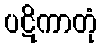
ပဋိကာတုံ